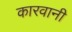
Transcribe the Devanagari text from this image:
कारवानी